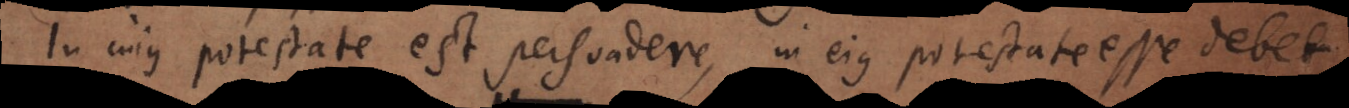
estate est persuadere, in ejus potestate esse debet